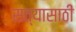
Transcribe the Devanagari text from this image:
सत्यासाठीं